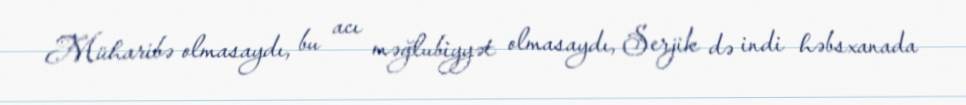
Müharibə olmasaydı, bu acı məğlubiyyət olmasaydı, Serjik də indi həbsxanada